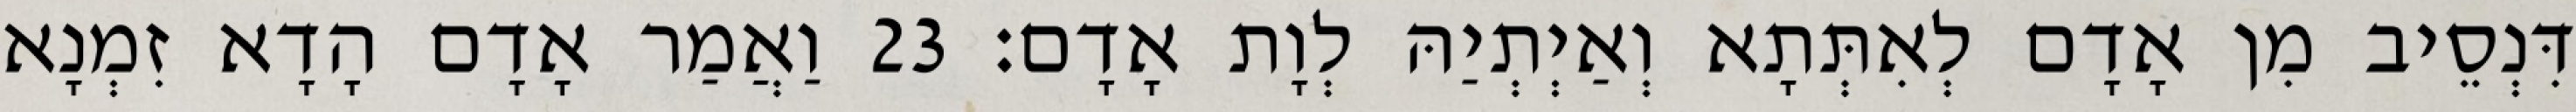
דִּנְסֵיב מִן אָדָם לְאִתְּתָא וְאַיְתְיַהּ לְוָת אָדָם׃ 23 וַאֲמַר אָדָם הָדָא זִמְנָא